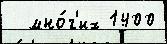
  мно́г'их 1400